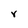
Character: Y